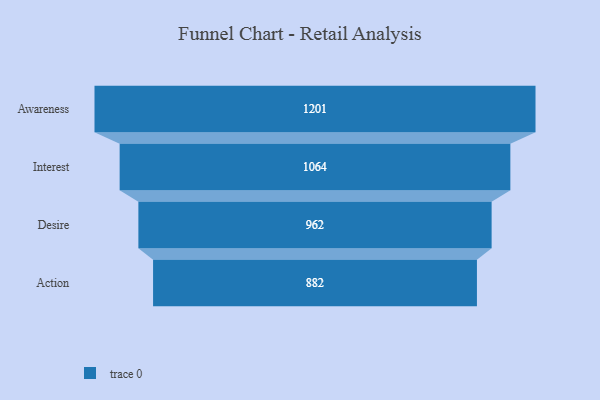
{"axis": {"x": "Stage", "y": "Value"}, "legend": [""], "data": [{"x": "Awareness", "y": 1201.0, "type": ""}, {"x": "Interest", "y": 1064.0, "type": ""}, {"x": "Desire", "y": 962.0, "type": ""}, {"x": "Action", "y": 882.0, "type": ""}]}